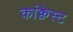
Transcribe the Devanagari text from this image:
कांक्वेस्ट